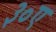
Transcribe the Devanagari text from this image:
३०ए